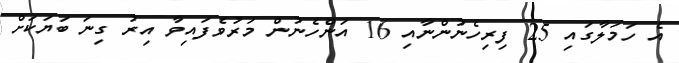
އެ ހަމަލާގައި 25 ފިރިހެނުންނާއި 16 އަންހެނުން މަރުވެފައިވާ އިރު ގިނަ ބަޔަކަށް